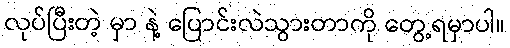
လုပ်ပြီးတဲ့ မှာ နဲ့ ပြောင်းလဲသွားတာကို တွေ့ရမှာပါ။